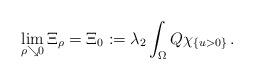
LaTeX: \begin{align*}\lim_{\rho\searrow0}\Xi_\rho=\Xi_0:=\lambda_2 \int_{ \Omega } Q\chi_{\{u>0\}}\,.\end{align*}